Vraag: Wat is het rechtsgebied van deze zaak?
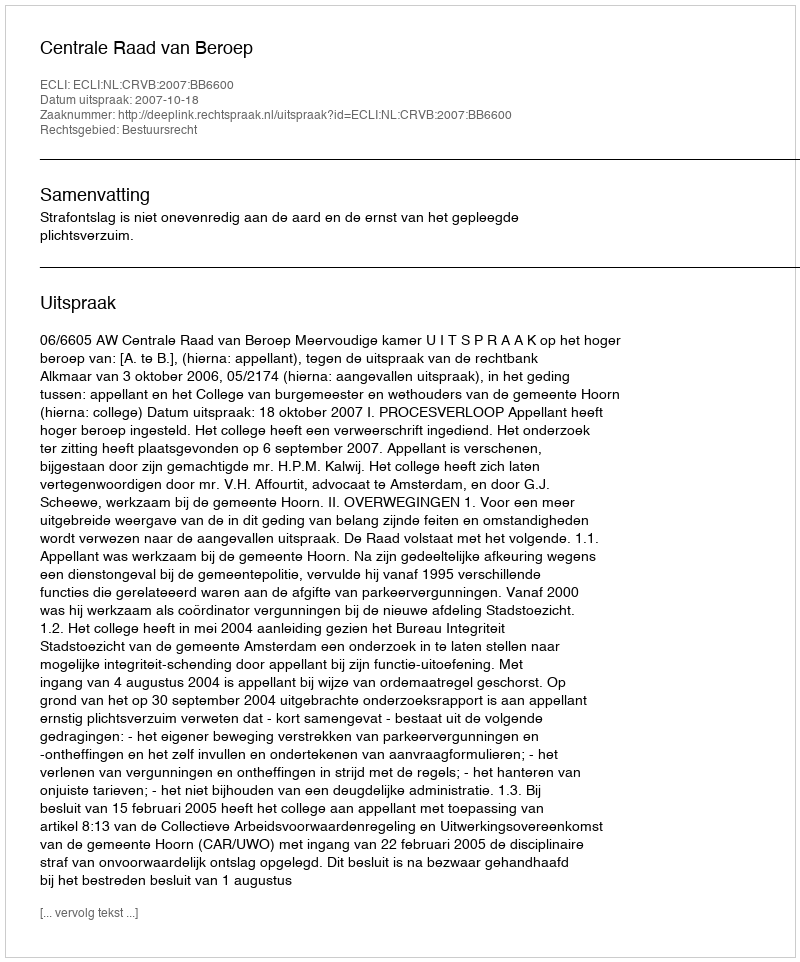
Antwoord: Bestuursrecht